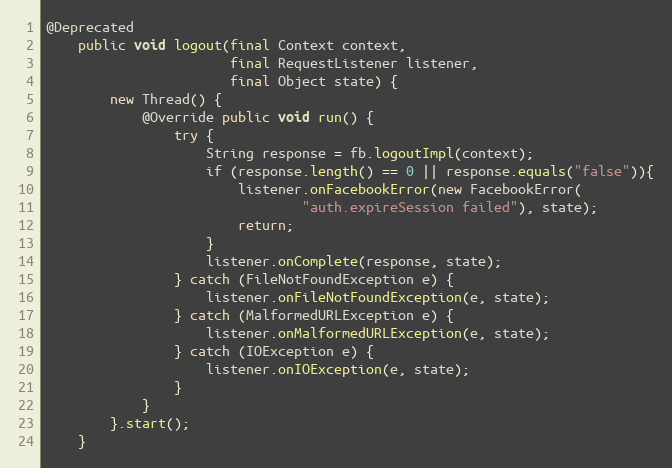
Language: Java
@Deprecated
    public void logout(final Context context,
                       final RequestListener listener,
                       final Object state) {
        new Thread() {
            @Override public void run() {
                try {
                    String response = fb.logoutImpl(context);
                    if (response.length() == 0 || response.equals("false")){
                        listener.onFacebookError(new FacebookError(
                                "auth.expireSession failed"), state);
                        return;
                    }
                    listener.onComplete(response, state);
                } catch (FileNotFoundException e) {
                    listener.onFileNotFoundException(e, state);
                } catch (MalformedURLException e) {
                    listener.onMalformedURLException(e, state);
                } catch (IOException e) {
                    listener.onIOException(e, state);
                }
            }
        }.start();
    }